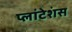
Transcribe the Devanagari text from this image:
प्लांटेशंस